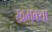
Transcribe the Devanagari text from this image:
खमक्या